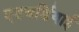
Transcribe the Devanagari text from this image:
एडवर्डियाई